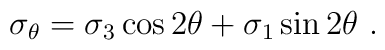
\sigma_\theta=\sigma_3\cos 2\theta+\sigma_1\sin 2\theta~.